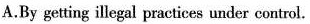
A.By getting illegal practices under control.